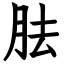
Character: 胠